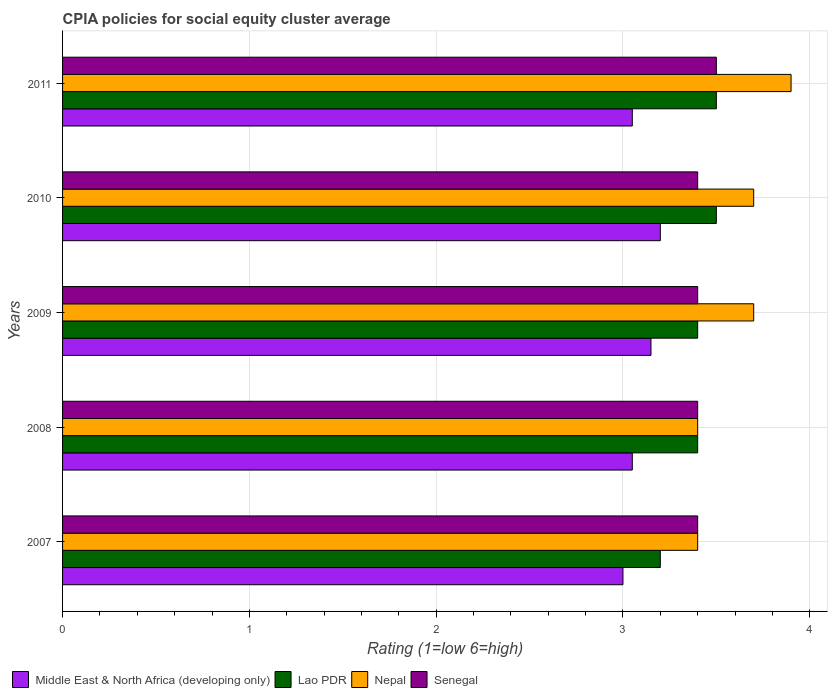
| Years | Middle East & North Africa (developing only) | Lao PDR | Nepal | Senegal |
 | --- | --- | --- | --- | --- |
 | 2007 | 3 | 3.2 | 3.4 | 3.4 |
 | 2008 | 3.05 | 3.4 | 3.4 | 3.4 |
 | 2009 | 3.15 | 3.4 | 3.7 | 3.4 |
 | 2010 | 3.2 | 3.5 | 3.7 | 3.4 |
 | 2011 | 3.05 | 3.5 | 3.9 | 3.5 |